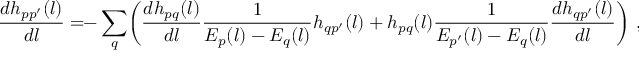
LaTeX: \frac { d h _ { p p ^ { \prime } } ( l ) } { d l } = \! \! - \sum _ { q } \! \left( \frac { d h _ { p q } ( l ) } { d l } \frac { 1 } { E _ { p } ( l ) - E _ { q } ( l ) } h _ { q p ^ { \prime } } ( l ) + h _ { p q } ( l ) \frac { 1 } { E _ { p ^ { \prime } } ( l ) - E _ { q } ( l ) } \frac { d h _ { q p ^ { \prime } } ( l ) } { d l } \right) \, ,